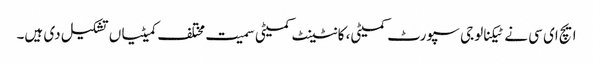
ایچ ای سی نے ٹیکنالوجی سپورٹ کمیٹی، کانٹینٹ کمیٹی سمیت مختلف کمیٹیاں تشکیل دی ہیں۔